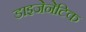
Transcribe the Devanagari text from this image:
डाइजेनेटिक